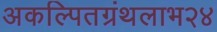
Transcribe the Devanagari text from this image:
अकल्पितग्रंथलाभ२४